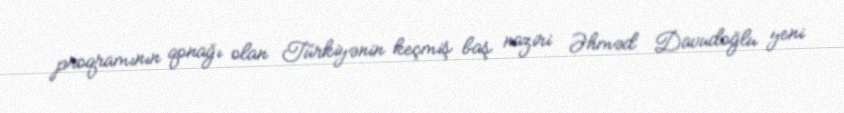
proqramının qonağı olan Türkiyənin keçmiş baş naziri Əhməd Davudoğlu yeni